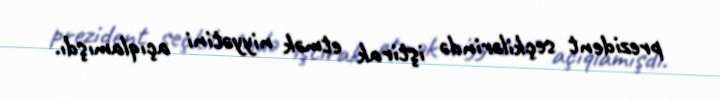
prezident seçkilərində iştirak etmək niyyətini açıqlamışdı.